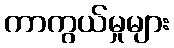
ကာကွယ်မှုများ